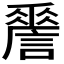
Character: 𧬑